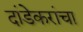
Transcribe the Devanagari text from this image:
दांडेकरांचा